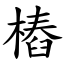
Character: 樁